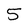
Character: 5